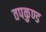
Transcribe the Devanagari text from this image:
तपकुण्ड